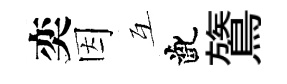
奕因互齔鷟